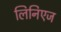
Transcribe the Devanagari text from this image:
लिनिएज